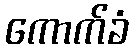
ကောက်ခံ